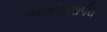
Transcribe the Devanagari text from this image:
स्पर्धेअंतर्गत